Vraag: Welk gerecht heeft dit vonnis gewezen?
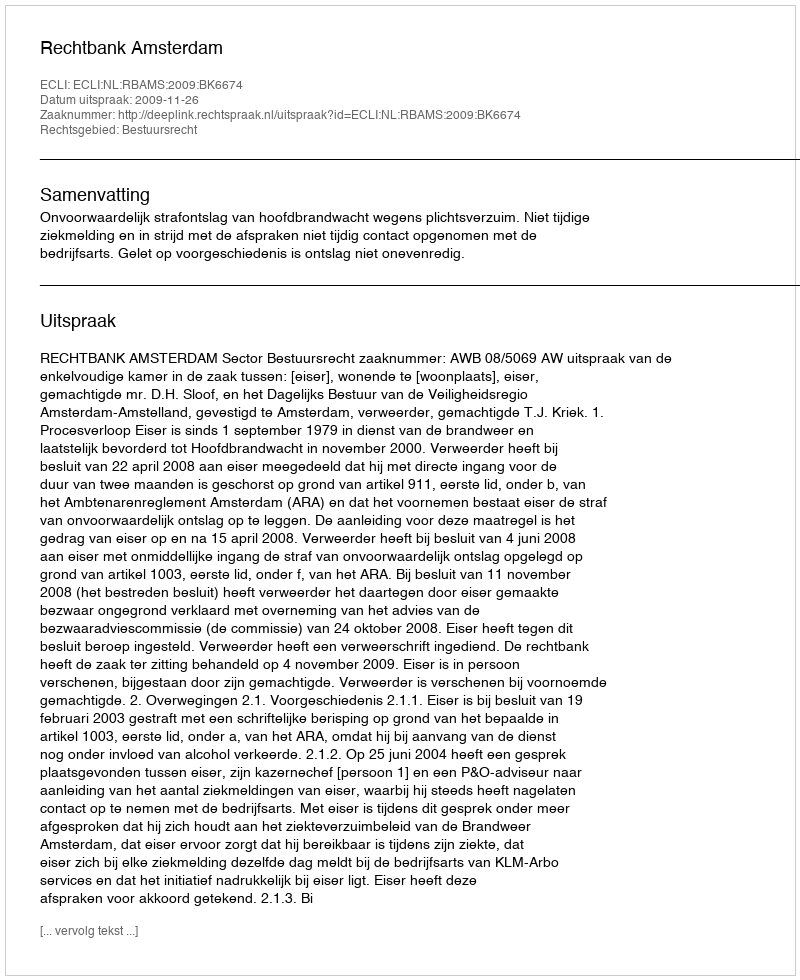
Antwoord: Rechtbank Amsterdam